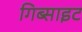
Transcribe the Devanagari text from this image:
गिब्साइट